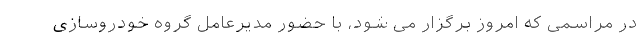
در مراسمی که امروز برگزار می شود، با حضور مدیرعامل گروه خودروسازی